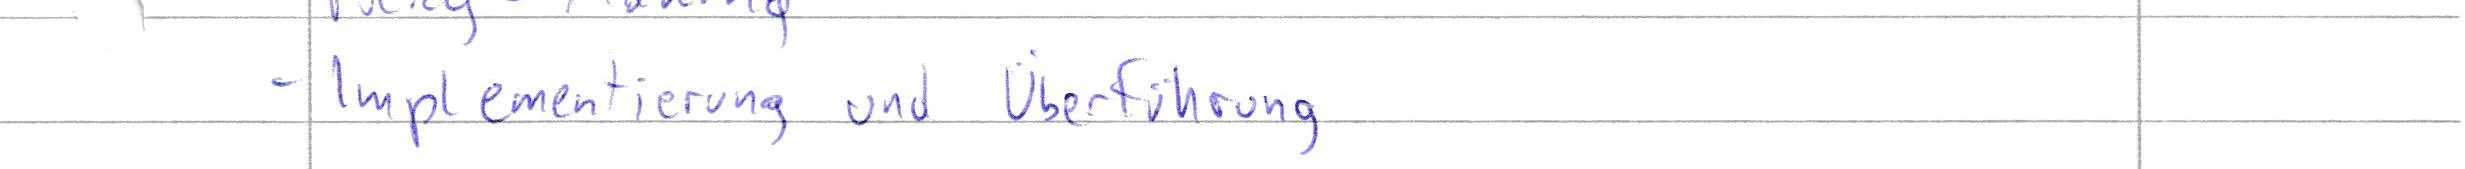
- Implementierung und Überführung